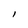
Character: I